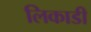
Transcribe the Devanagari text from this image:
लिकाडी